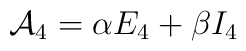
{\cal A}_4= \alpha E_4 +\beta I_4